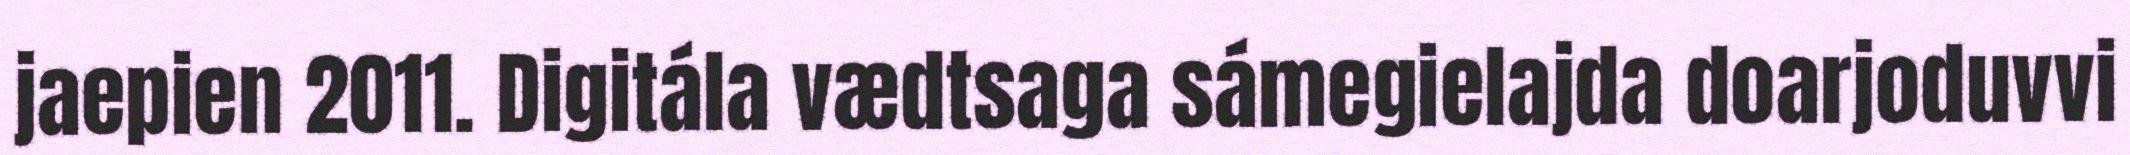
jaepien 2011. Digitála vædtsaga sámegielajda doarjoduvvi